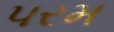
પરમ